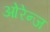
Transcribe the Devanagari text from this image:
ओरेन्ज